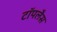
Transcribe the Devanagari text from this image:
टॉपलैस